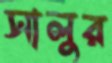
সালুর